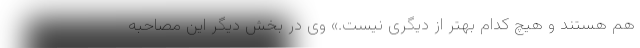
هم هستند و هیچ کدام بهتر از دیگری نیست.» وی در بخش دیگر این مصاحبه